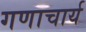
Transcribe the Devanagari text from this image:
गणाचार्य